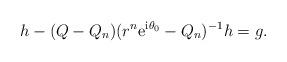
LaTeX: \begin{align*}h - (Q - Q_n) (r^n \mathrm{e}^{\mathrm{i}\theta_0} - Q_n)^{-1} h = g.\end{align*}